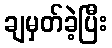
ချမှတ်ခဲ့ပြီး